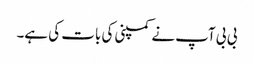
بی بی آپ نے کمپنی کی بات کی ہے۔